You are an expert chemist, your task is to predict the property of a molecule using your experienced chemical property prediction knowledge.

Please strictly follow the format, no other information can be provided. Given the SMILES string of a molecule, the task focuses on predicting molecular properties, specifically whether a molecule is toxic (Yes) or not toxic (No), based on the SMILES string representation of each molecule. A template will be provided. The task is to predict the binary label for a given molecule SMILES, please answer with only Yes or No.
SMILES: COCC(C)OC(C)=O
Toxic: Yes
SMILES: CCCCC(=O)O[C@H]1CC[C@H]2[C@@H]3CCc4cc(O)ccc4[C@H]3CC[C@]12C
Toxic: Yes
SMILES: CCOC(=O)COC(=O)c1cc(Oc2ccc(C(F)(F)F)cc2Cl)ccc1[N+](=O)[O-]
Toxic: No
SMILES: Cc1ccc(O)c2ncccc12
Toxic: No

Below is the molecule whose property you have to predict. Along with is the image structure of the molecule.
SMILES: COc1ccc(CN2CCN(C(c3ccc(F)cc3)c3ccc(F)cc3)CC2)c(OC)c1OC
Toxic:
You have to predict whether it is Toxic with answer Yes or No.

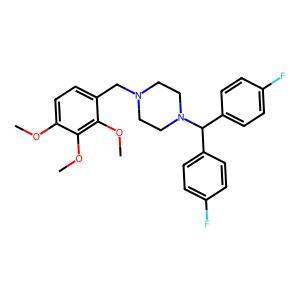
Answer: Yes